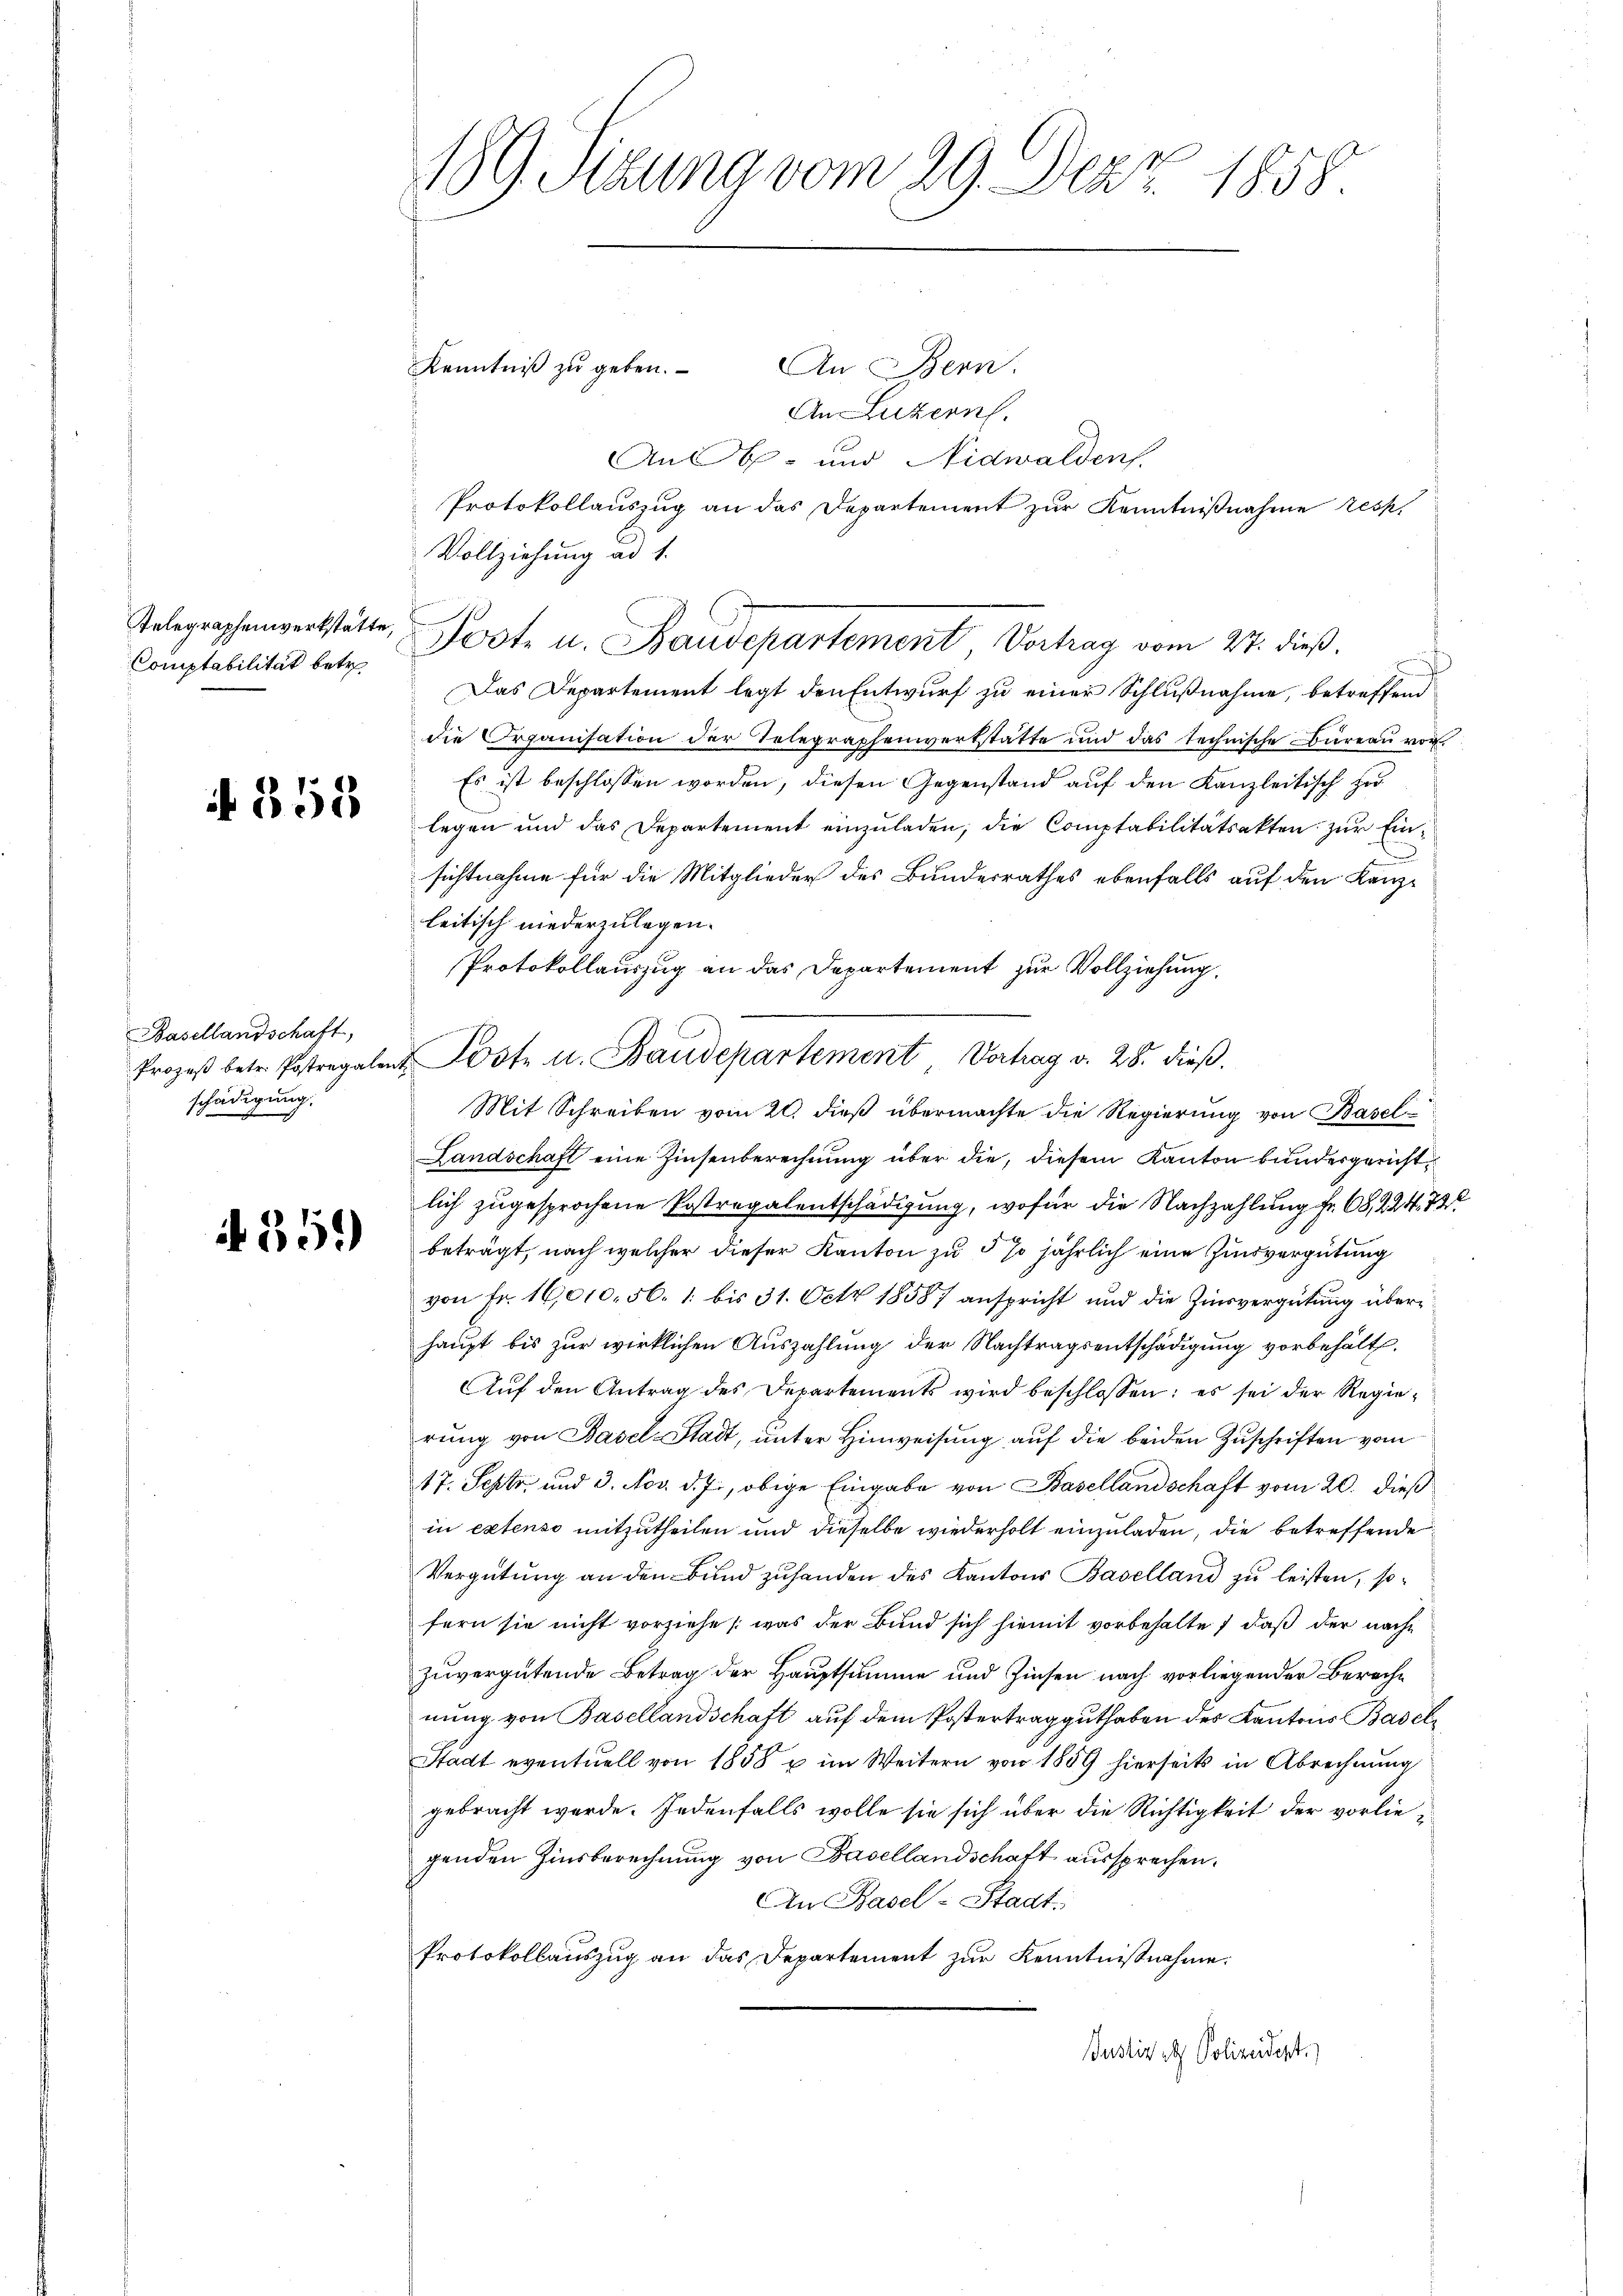
189. Sitzung vom 29. Dez. 1858.

Kenntniß zu geben.
An Bern.
An Luzern.
An Ob- und Nidwalden
Protokollauszug an das Departement zur Kenntnißnahme resp.
Vollziehung ad 1.
Das Departement legt den Entwurf zu einer Schlußnahme, betreffend
die Organisation der Telegraphenvertstatte und das technische Büreau vor.
Es ist beschlossen worden, diesen Gegenstand auf den Kanzleitisch zu
legen und das Departement einzuladen, die Comptabilitätsakten zur Einsichtnahme für die Mitglieder des Bundesrathes ebenfalls auf den Kanzleitisch niederzulegen.
Protokollauszug an das Departement zur Vollziehung.
Mit Schreiben vom 20. dieß übermachte die Regierung von Basel¬
Landschaft eine Zinsenberechnung über die, diesem Kanton bundesgerichtlich zugesprochene Postregalentschädigung, wofür die Nachzahlung fr. 68, 224. 72.
beträgt, nach welcher dieser Kanton zu 5 % jährlich eine Zinsvergütung
von Fr. 16,010, 56. 1. bis 31. Octt 1858 anspricht und die Zinsvergütung überhaupt bis zur wirklichen Auszahlung der Nachtragsentschädigung vorbehält.
Aŭf den Antrag des Departements wird beschlossen; es sei der Regie-
rŭng von Basel-Stadt, unter Hinweisung auf die beiden Zuschriften vom
17. Septr. und 3. Nov. d. J., obige Eingabe von Basellandschaft vom 20. dieß
in extenso mitzutheilen und dieselbe wiederholt einzuladen, die betreffende
Vergütung an den Bund zuhanden des Kantons Baselland zu leisten, sofern sie nicht vorziehe /: was der Bund sich hiemit vorbehalte, daß der nachzuvergütende Betrag der Hauptsumme und Zinsen nach vorliegender Bereche
nung von Basellandschaft auf dem Postertragguthaben des Kantons Basel¬
Stadt eventuell von 1858 u im Weitern von 1859 hierseits in Abrechnung
gebracht werde. Jedenfalls wolle sie sich über die Richtigkeit der vorliegenden Zinsberechnung von Basellandschaft aussprechen.
An Basel-Stadt.
Protokollauszug an das Departement zur Kenntnißnahme.
Justiz des Polizeidert.

Comptabilität betre

Telegraphenwerkstätte, Jost u. Baudepartement Vortrag vom 27. dieß.

355

Basellandschaft,
schädigung.

Prozeβ betr. Postregalent Post u. Baudepartement Vortrag v. 28. dieß.

1359)